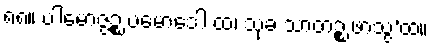
၈၈။ ပါမောဇ္ဇဉ္စ ပမောဒေါ ထ၊ သုခံ သာတဉ္စ ဖာသွ’ထ။